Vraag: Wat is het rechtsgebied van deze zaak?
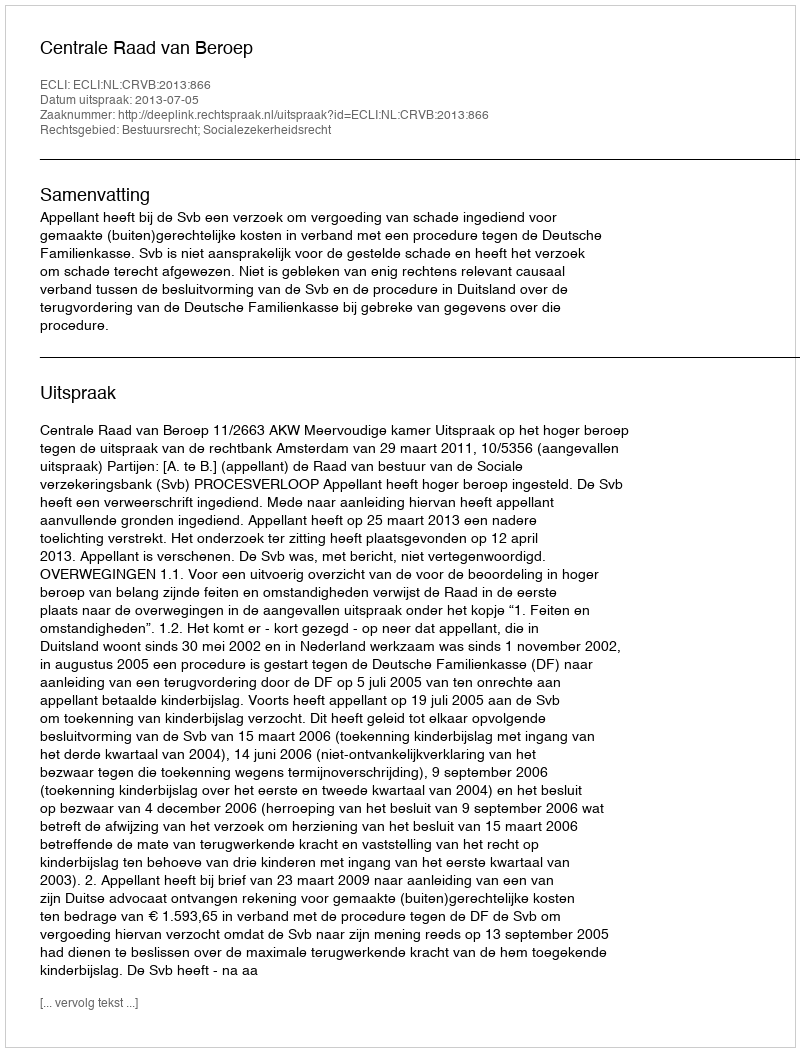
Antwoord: Bestuursrecht; Socialezekerheidsrecht